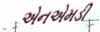
એનએમડી